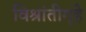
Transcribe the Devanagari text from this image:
विश्रांतीगृहे